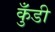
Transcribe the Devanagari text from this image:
कुँडी